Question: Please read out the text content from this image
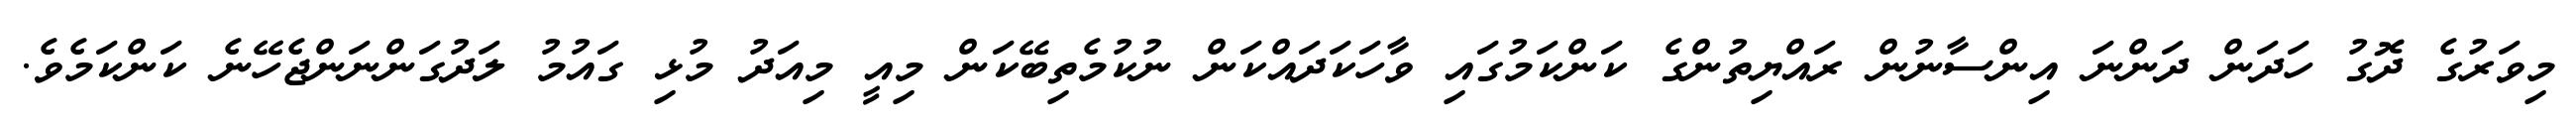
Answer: މިވަރުގެ ދޮގު ހަދަން ދަންނަ އިންސާނުން ރައްޔިތުންގެ ކަންކަމުގައި ވާހަކަދައްކަން ނުކުމެތިބޭކަން މިއީ މިއަދު މުޅި ގައުމު ލަދުގަންނަންޖެހޭނެ ކަންކަމެވެ.